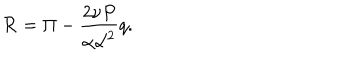
{ \cal R } = \Pi - \frac { 2 \nu P } { \alpha { \cal L } ^ { 2 } } q .